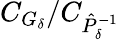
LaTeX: C_{G_{\delta}}/C_{\hat{P}_{\delta}^{-1}}